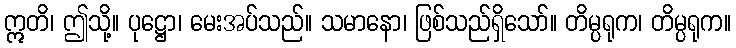
ဣတိ၊ ဤသို့။ ပုဋ္ဌော၊ မေးအပ်သည်။ သမာနော၊ ဖြစ်သည်ရှိသော်။ တိမ္ပရုက၊ တိမ္ပရုက။